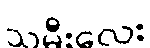
သမီးလေး